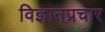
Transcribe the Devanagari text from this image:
विज्ञानप्रचार